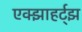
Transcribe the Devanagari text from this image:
एक्झाहर्ट्‌झ